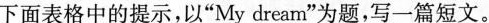
下面表格中的提示，以”My dream”为题，写一篇短文。